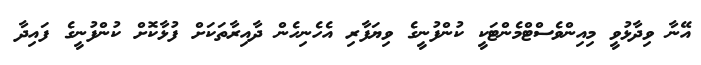
އޭނާ ވިދާޅުވީ މިއިންވެސްޓްމެންޓަކީ ކުންފުނީގެ ވިޔަފާރި އެހެނިހެން ދާއިރާތަކަށް ފުޅާކޮށް ކުންފުނީގެ ފައިދާ